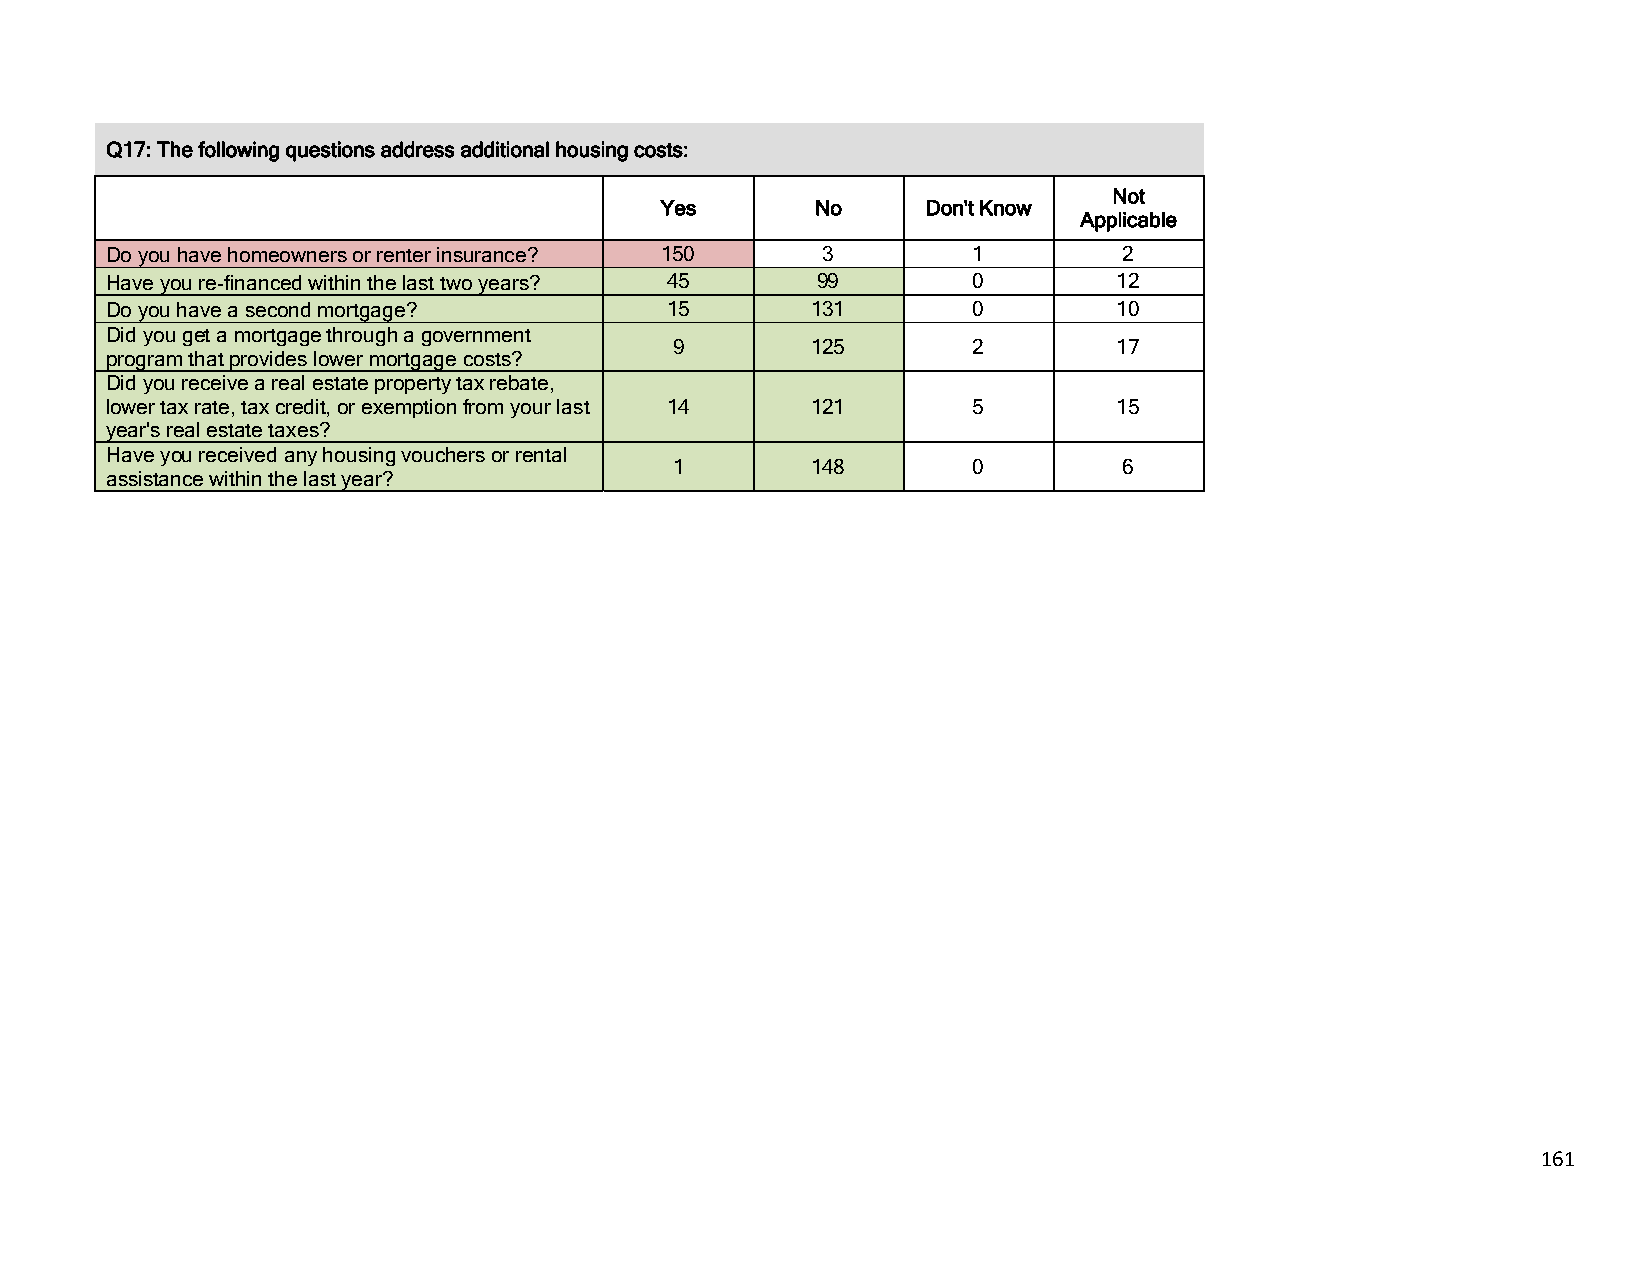
Q17: The following questions address additional housing costs:
 Not
 Yes       No     Don't Know
 Applicable
 Do you have homeowners or renter insurance? 150 3        1         2
 Have you re-financed within the last two years? 45 99    0         12
 Do you have a second mortgage?       15        131       0         10
 Did you get a mortgage through a government
 9         125       2         17
 program that provides lower mortgage costs?
 Did you receive a real estate property tax rebate,
 lower tax rate, tax credit, or exemption from your last 14 121 5   15
 year's real estate taxes?
 Have you received any housing vouchers or rental
 1         148       0         6
 assistance within the last year?
 161